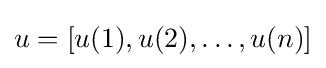
u=[u(1),u(2),\ldots ,u(n)]